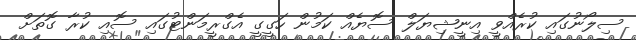
ސިލޯނުގައި ކުރެއްވީ އިނީޝިޔަލް ސޮޔެއް ކަމުން ހަގީގީ އެގްރީމަންޓުގައި ސޮއި ކުރާ ގޮތަށް